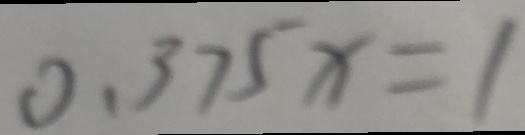
0 . 3 7 5 x = 1